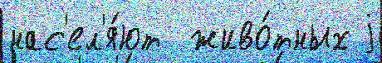
нас'ел'я́ют  живо́тных j